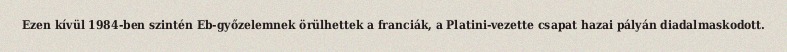
Ezen kívül 1984-ben szintén Eb-győzelemnek örülhettek a franciák, a Platini-vezette csapat hazai pályán diadalmaskodott.